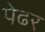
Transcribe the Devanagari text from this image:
पेढर